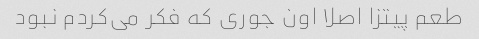
طعم پیتزا اصلا اون جوری که فکر می‌کردم نبود